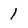
Character: 1